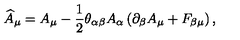
\widehat { A } _ { \mu } = A _ { \mu } - \frac 1 2 \theta _ { \alpha \beta } A _ { \alpha } \left( \partial _ { \beta } A _ { \mu } + F _ { \beta \mu } \right) ,